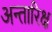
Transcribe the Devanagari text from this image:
अन्तारिक्ष